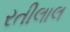
રતીલાલ